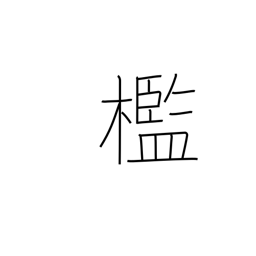
Meaning: cell